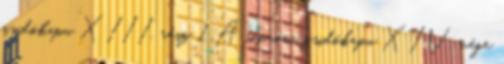
zsidókapu XIII. rész 1 A soproni zsidókapu XIV. vége